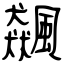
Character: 飆